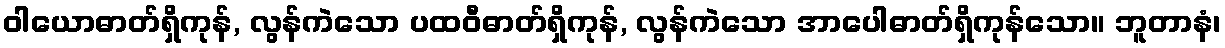
ဝါယောဓာတ်ရှိကုန်, လွန်ကဲသော ပထဝီဓာတ်ရှိကုန်, လွန်ကဲသော အာပေါဓာတ်ရှိကုန်သော။ ဘူတာနံ၊